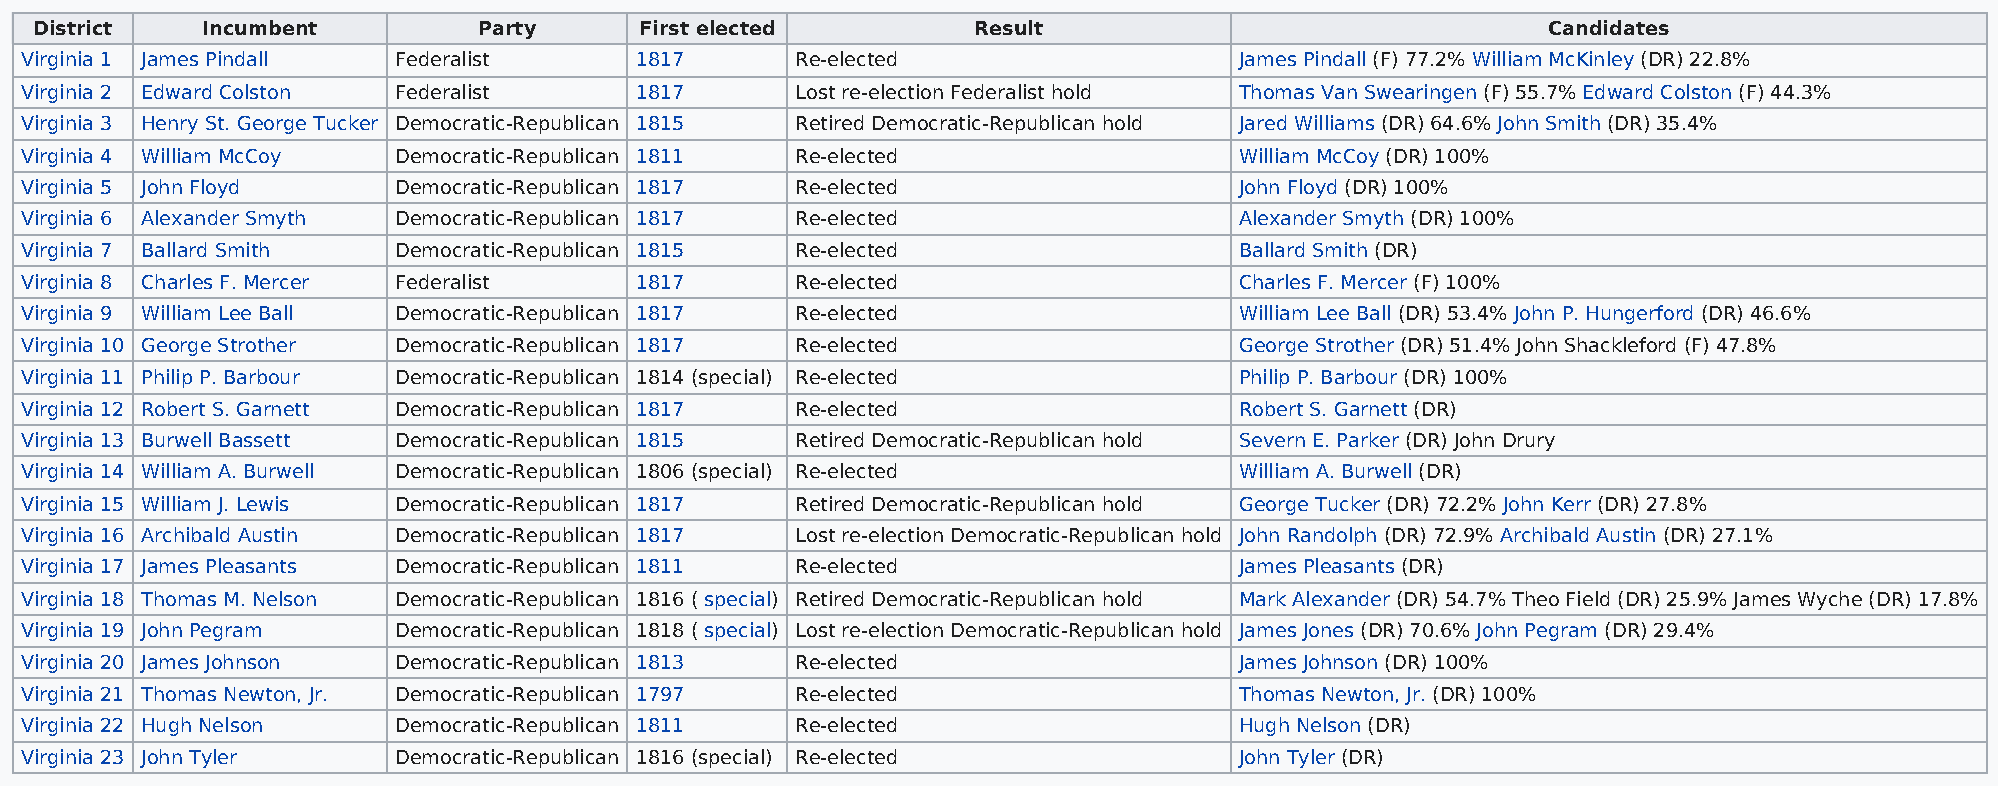
District   Incumbent          Party     First elected          Result                               Candidates
 Virginia 1 James Pindall Federalist      1817       Re-elected                   James Pindall (F) 77.2% William McKinley (DR) 22.8%
 Virginia 2 Edward Colston Federalist     1817       Lost re-election Federalist hold Thomas Van Swearingen (F) 55.7% Edward Colston (F) 44.3%
 Virginia 3 Henry St. George Tucker Democratic-Republican 1815 Retired Democratic-Republican hold Jared Williams (DR) 64.6% John Smith (DR) 35.4%
 Virginia 4 William McCoy Democratic-Republican 1811 Re-elected                   William McCoy (DR) 100%
 Virginia 5 John Floyd    Democratic-Republican 1817 Re-elected                   John Floyd (DR) 100%
 Virginia 6 Alexander Smyth Democratic-Republican 1817 Re-elected                 Alexander Smyth (DR) 100%
 Virginia 7 Ballard Smith Democratic-Republican 1815 Re-elected                   Ballard Smith (DR)
 Virginia 8 Charles F. Mercer Federalist  1817       Re-elected                   Charles F. Mercer (F) 100%
 Virginia 9 William Lee Ball Democratic-Republican 1817 Re-elected                William Lee Ball (DR) 53.4% John P. Hungerford (DR) 46.6%
 Virginia 10 George Strother Democratic-Republican 1817 Re-elected                George Strother (DR) 51.4% John Shackleford (F) 47.8%
 Virginia 11 Philip P. Barbour Democratic-Republican 1814 (special) Re-elected    Philip P. Barbour (DR) 100%
 Virginia 12 Robert S. Garnett Democratic-Republican 1817 Re-elected              Robert S. Garnett (DR)
 Virginia 13 Burwell Bassett Democratic-Republican 1815 Retired Democratic-Republican hold Severn E. Parker (DR) John Drury
 Virginia 14 William A. Burwell Democratic-Republican 1806 (special) Re-elected   William A. Burwell (DR)
 Virginia 15 William J. Lewis Democratic-Republican 1817 Retired Democratic-Republican hold George Tucker (DR) 72.2% John Kerr (DR) 27.8%
 Virginia 16 Archibald Austin Democratic-Republican 1817 Lost re-election Democratic-Republican hold John Randolph (DR) 72.9% Archibald Austin (DR) 27.1%
 Virginia 17 James Pleasants Democratic-Republican 1811 Re-elected                James Pleasants (DR)
 Virginia 18 Thomas M. Nelson Democratic-Republican 1816 ( special) Retired Democratic-Republican hold Mark Alexander (DR) 54.7% Theo Field (DR) 25.9% James Wyche (DR) 17.8%
 Virginia 19 John Pegram  Democratic-Republican 1818 ( special) Lost re-election Democratic-Republican hold James Jones (DR) 70.6% John Pegram (DR) 29.4%
 Virginia 20 James Johnson Democratic-Republican 1813 Re-elected                  James Johnson (DR) 100%
 Virginia 21 Thomas Newton, Jr. Democratic-Republican 1797 Re-elected             Thomas Newton, Jr. (DR) 100%
 Virginia 22 Hugh Nelson  Democratic-Republican 1811 Re-elected                   Hugh Nelson (DR)
 Virginia 23 John Tyler   Democratic-Republican 1816 (special) Re-elected         John Tyler (DR)